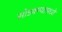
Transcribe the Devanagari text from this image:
सोडवण्यामध्ये